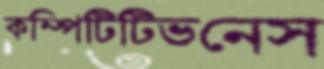
কম্পিটিটিভনেস